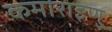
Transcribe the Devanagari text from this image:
कमाराइणु